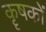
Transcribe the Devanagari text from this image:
कॄषकों